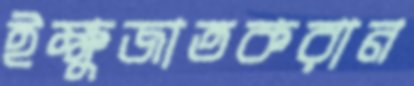
ইক্ষুজাতকরান